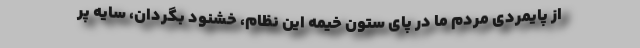
از پایمردی مردم ما در پای ستون خیمه این نظام، خشنود بگردان، سایه پر